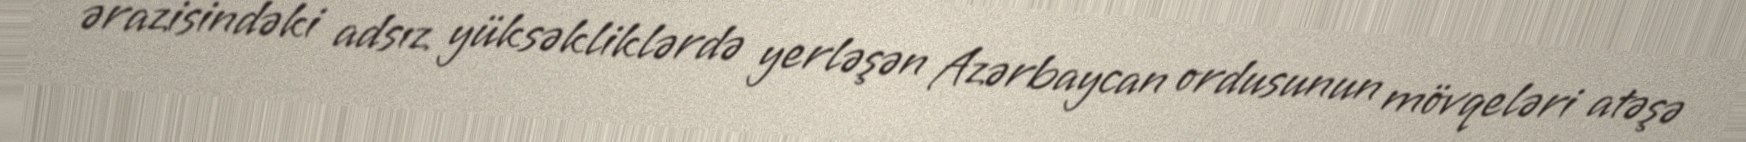
ərazisindəki adsız yüksəkliklərdə yerləşən Azərbaycan ordusunun mövqeləri atəşə